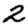
Digit: 2